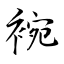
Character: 䘼